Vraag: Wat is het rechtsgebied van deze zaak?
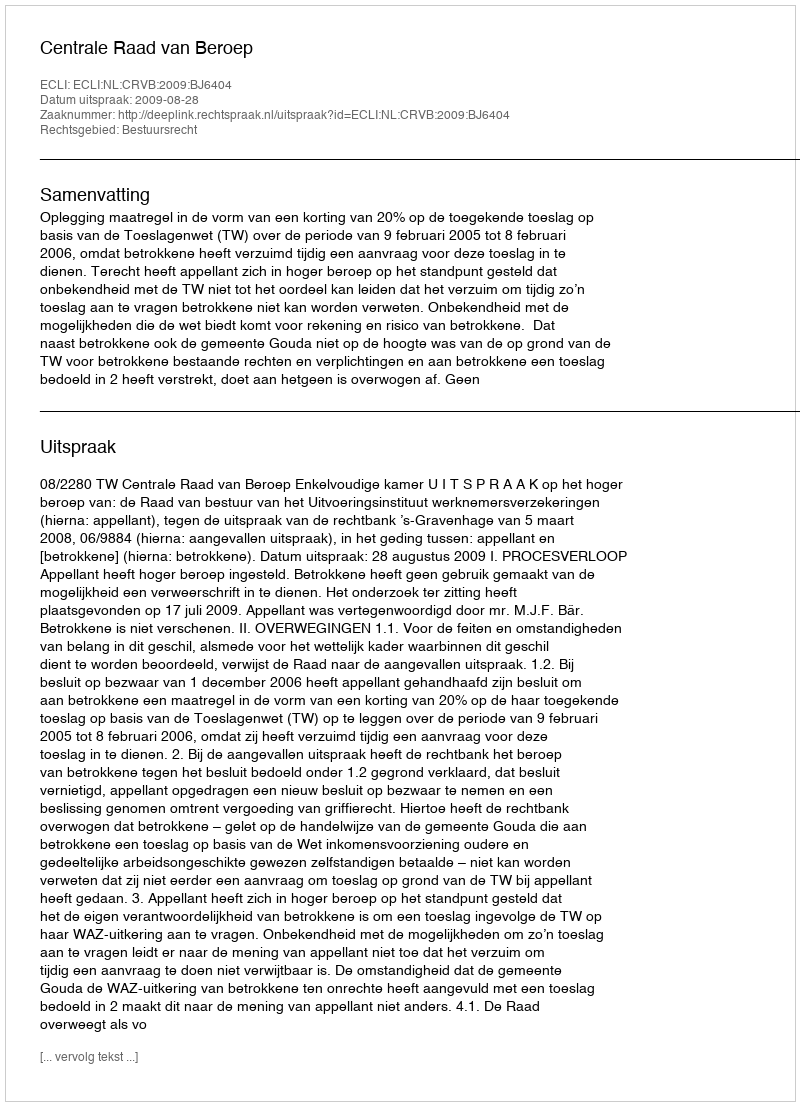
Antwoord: Bestuursrecht